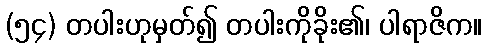
(၅၄) တပါးဟုမှတ်၍ တပါးကိုခိုး၏၊ ပါရာဇိက။